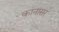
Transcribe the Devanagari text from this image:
कानासर